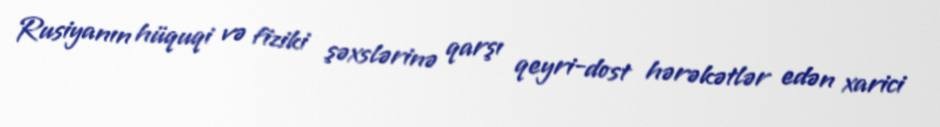
Rusiyanın hüquqi və fiziki şəxslərinə qarşı qeyri-dost hərəkətlər edən xarici